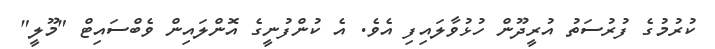
ކުރުމުގެ ފުރުސަތު އުރީދޫން ހުޅުވާލައިފި އެވެ. އެ ކުންފުނީގެ އޮންލައިން ވެބްސައިޓް "މޫލީ"